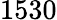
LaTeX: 1530